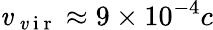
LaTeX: \mathit{v}_{\mathrm{{~\mathit{v}~i~r~}}}\approx9\times10^{-4}c